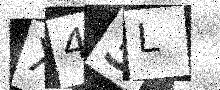
Text: X43L